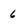
Character: 6